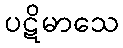
ပဋိမာသေ